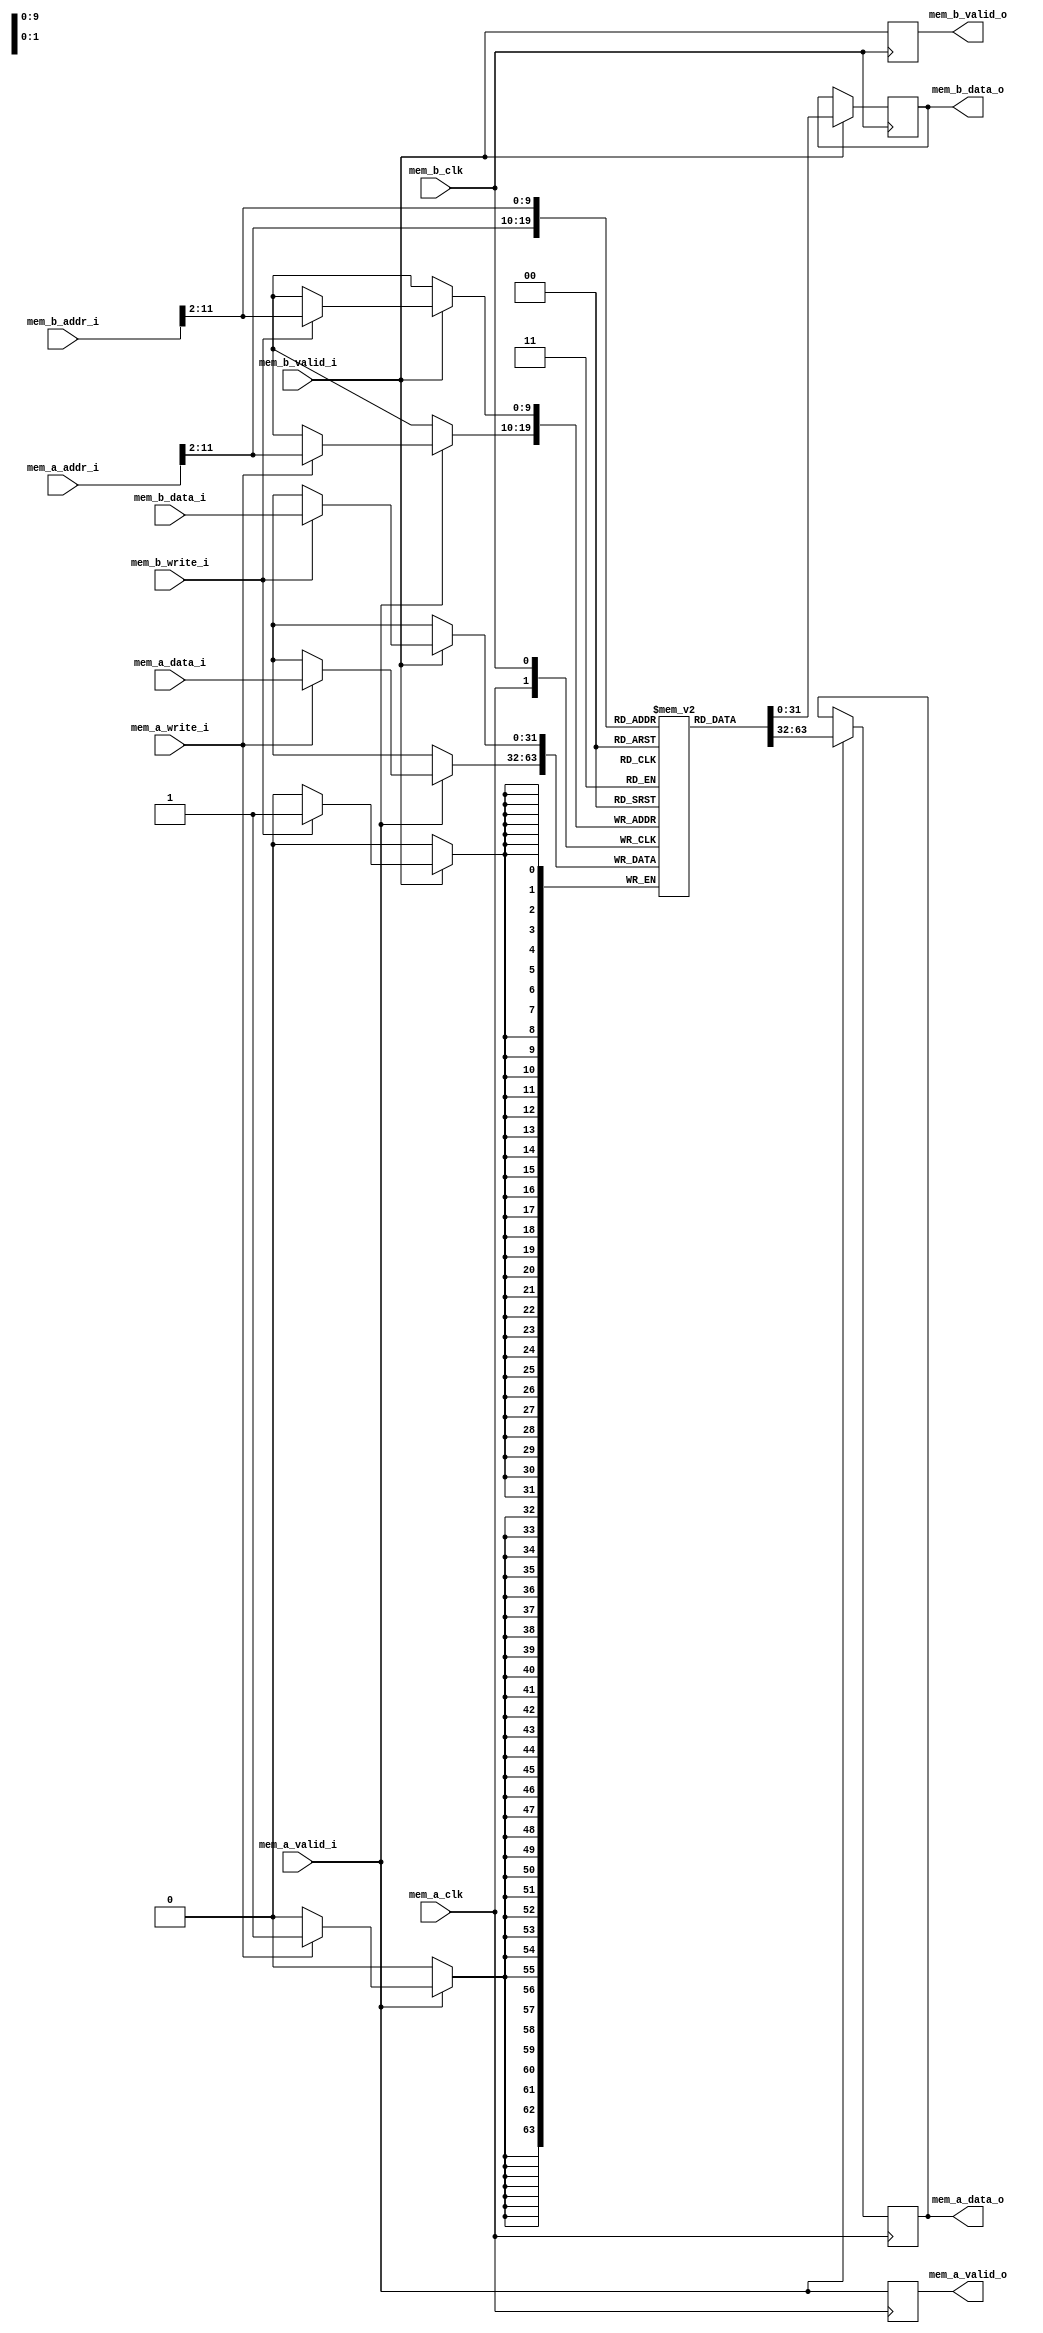
`timescale 1ns/100ps

module W0RM_Peripheral_MemoryBlock_RTL_DualPort #(
  parameter ADDR_WIDTH    = 32,
  parameter DATA_WIDTH    = 32,
  parameter MEM_DEPTH     = 1024,
  parameter USE_INIT_FILE = 0,
  parameter INIT_FILE     = ""
)(
  // Port A
  input wire                    mem_a_clk,
  input wire                    mem_a_valid_i,
                                mem_a_write_i,
  input wire  [ADDR_WIDTH-1:0]  mem_a_addr_i,
  input wire  [DATA_WIDTH-1:0]  mem_a_data_i,
  output wire                   mem_a_valid_o,
  output wire [DATA_WIDTH-1:0]  mem_a_data_o,
  // Port B
  input wire                    mem_b_clk,
  input wire                    mem_b_valid_i,
                                mem_b_write_i,
  input wire  [ADDR_WIDTH-1:0]  mem_b_addr_i,
  input wire  [DATA_WIDTH-1:0]  mem_b_data_i,
  output wire                   mem_b_valid_o,
  output wire [DATA_WIDTH-1:0]  mem_b_data_o
);
  // log base 2 function
  function integer log2(input integer n);
  integer i, j;
    begin
    i = 1;
    j = 0;
      //integer i = 1, j = 0;
      while (i < n)
      begin
        j = j + 1;
        i = i << 1;
      end
    log2 = j;
    end
  endfunction
  
  localparam  MEM_ADDR_LOW  = log2(DATA_WIDTH / 8);
  localparam  MEM_ADDR_HIGH = log2(MEM_DEPTH) + MEM_ADDR_LOW;

  reg   [DATA_WIDTH-1:0]  mem_rtl_tdp [MEM_DEPTH-1:0];
  reg   [DATA_WIDTH-1:0]  mem_a_data_r  = 0,
                          mem_b_data_r  = 0;
  reg                     mem_a_valid_r = 0,
                          mem_b_valid_r = 0;
  
  assign  mem_a_data_o  = mem_a_data_r;
  assign  mem_a_valid_o = mem_a_valid_r;
  assign  mem_b_data_o  = mem_b_data_r;
  assign  mem_b_valid_o = mem_b_valid_r;
  
  generate
    if (USE_INIT_FILE)
      initial
        $readmemh(INIT_FILE, mem_rtl_tdp, 0, MEM_DEPTH - 1);
  endgenerate
  
  always @(posedge mem_a_clk)
  begin
    if (mem_a_valid_i)
    begin
      if (mem_a_write_i)
        mem_rtl_tdp[mem_a_addr_i[MEM_ADDR_HIGH:MEM_ADDR_LOW]] <= mem_a_data_i;
      mem_a_data_r  <= mem_rtl_tdp[mem_a_addr_i[MEM_ADDR_HIGH:MEM_ADDR_LOW]];
    end
    mem_a_valid_r <= mem_a_valid_i;
  end
  
  always @(posedge mem_b_clk)
  begin
    if (mem_b_valid_i)
    begin
      if (mem_b_write_i)
        mem_rtl_tdp[mem_b_addr_i[MEM_ADDR_HIGH:MEM_ADDR_LOW]] <= mem_b_data_i;
      mem_b_data_r  <= mem_rtl_tdp[mem_b_addr_i[MEM_ADDR_HIGH:MEM_ADDR_LOW]];
    end
    mem_b_valid_r <= mem_b_valid_i;
  end
endmodule